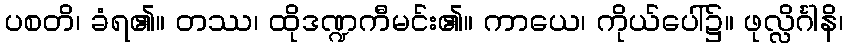
ပစတိ၊ ခံရ၏။ တဿ၊ ထိုဒဏ္ဍကီမင်း၏။ ကာယေ၊ ကိုယ်ပေါ်၌။ ဖုလ္လိင်္ဂါနိ၊